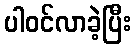
ပါဝင်လာခဲ့ပြီး